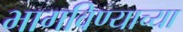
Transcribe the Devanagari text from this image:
भागविण्याच्या